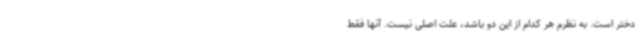
دختر است. به نظرم هر کدام از این دو باشد، علت اصلی نیست. آنها فقط